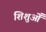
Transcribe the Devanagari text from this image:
शिशुओँ